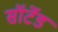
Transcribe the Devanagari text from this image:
सॉर्टेड